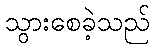
သွားစေခဲ့သည်